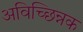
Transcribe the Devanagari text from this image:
अविच्छिन्नक